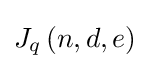
J_{q}\left(n,d,e\right)